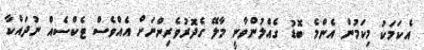
އެކަމަކު މިކަމުން އެންމެ ބޮޑު ގެއްލުންވާނީ މާލޭ ގެދޮރުވެރިންނަށް އެއްވެސް ޓެކްސެއް ނުދައްކާ